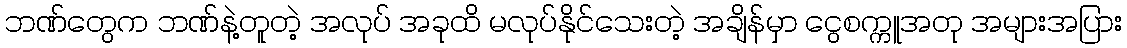
ဘဏ်တွေက ဘဏ်နဲ့တူတဲ့ အလုပ် အခုထိ မလုပ်နိုင်သေးတဲ့ အချိန်မှာ ငွေစက္ကူအတု အများအပြား